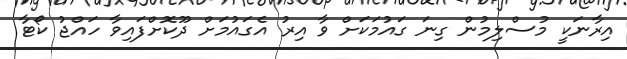
އިރާނަކީ މުސްލިމުން ގިނަ ގައުމަކަށް ވާ އިރު އެގައުމަށް ދޫކޮށްފައިވާ ހައްޖު ކޯޓާ